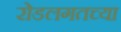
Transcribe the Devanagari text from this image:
रोडलगतच्या